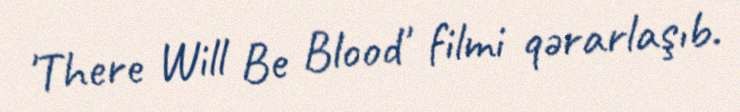
'There Will Be Blood' filmi qərarlaşıb.